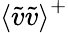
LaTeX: \textlangle\tilde{v}\tilde{v}\textrangle^{+}